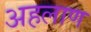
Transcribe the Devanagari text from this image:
अहलाण